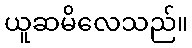
ယူဆမိလေသည်။